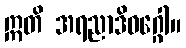
ဣတိ အရညာဒိဝဂ္ဂေါ။